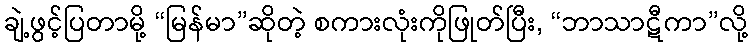
ချဲ့ဖွင့်ပြတာမို့ “မြန်မာ”ဆိုတဲ့ စကားလုံးကိုဖြုတ်ပြီး, “ဘာသာဋီကာ”လို့